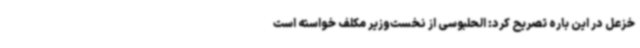
خزعل در این باره تصریح کرد: الحلبوسی از نخست‌وزیر مکلف خواسته است